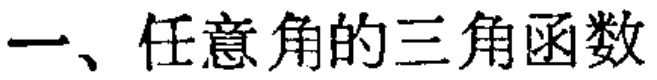
一、任意角的三角函数